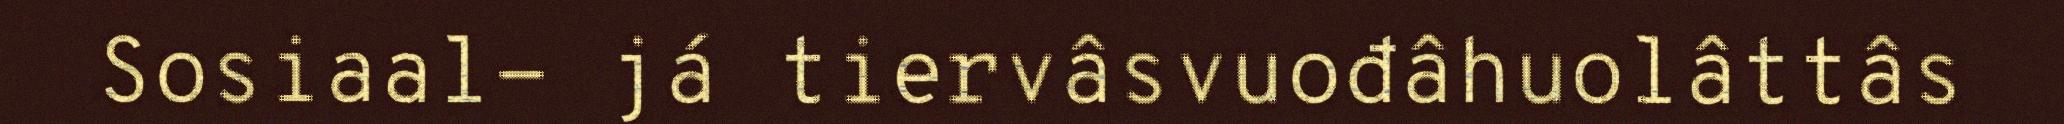
Sosiaal- já tiervâsvuođâhuolâttâs